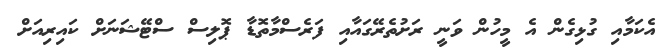
އެކަމާއި ގުޅިގެން އެ މީހުން ވަނީ ރަށުތެރޭގައާއި ފަރެސްމާތޮޑާ ޕޮލިސް ސްޓޭޝަނަށް ކައިރިއަށް